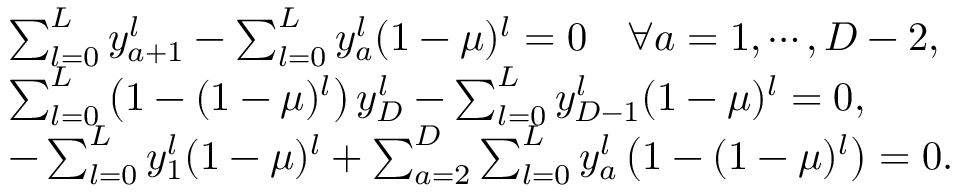
\begin{array} { l l } & { \sum _ { l = 0 } ^ { L } y _ { a + 1 } ^ { l } - \sum _ { l = 0 } ^ { L } y _ { a } ^ { l } ( 1 - \mu ) ^ { l } = 0 \quad \forall a = 1 , \cdots , D - 2 , } \\ & { \sum _ { l = 0 } ^ { L } \left( 1 - ( 1 - \mu ) ^ { l } \right) y _ { D } ^ { l } - \sum _ { l = 0 } ^ { L } y _ { D - 1 } ^ { l } ( 1 - \mu ) ^ { l } = 0 , } \\ & { - \sum _ { l = 0 } ^ { L } y _ { 1 } ^ { l } ( 1 - \mu ) ^ { l } + \sum _ { a = 2 } ^ { D } \sum _ { l = 0 } ^ { L } y _ { a } ^ { l } \left( 1 - ( 1 - \mu ) ^ { l } \right) = 0 . } \end{array}